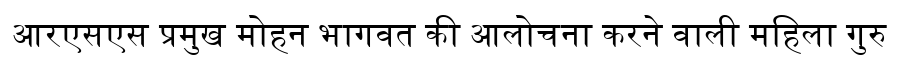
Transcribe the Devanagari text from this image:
आरएसएस प्रमुख मोहन भागवत की आलोचना करने वाली महिला गुरु